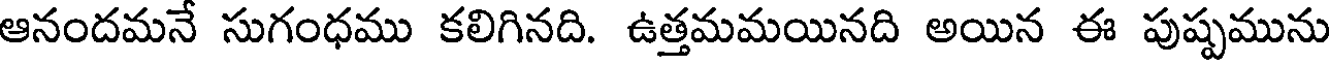
ఆనందమనే సుగంధము కలిగినది. ఉత్తమమయినది అయిన ఈ పుష్పమును